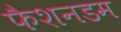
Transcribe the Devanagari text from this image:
फैशनडम